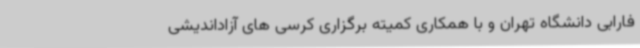
فارابی دانشگاه تهران و با همکاری کمیته برگزاری کرسی های آزاداندیشی